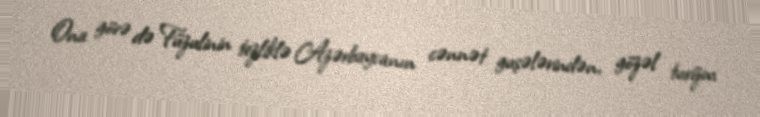
Ona görə də Füzulinin tezliklə Azərbaycanın cənnət guşələrindən, gözəl turizm